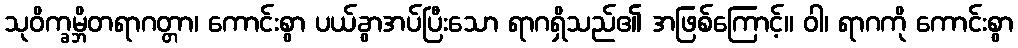
သုဝိက္ခမ္ဘိတရာဂတ္တာ၊ ကောင်းစွာ ပယ်ခွာအပ်ပြီးသော ရာဂရှိသည်၏ အဖြစ်ကြောင့်။ ဝါ၊ ရာဂကို ကောင်းစွာ